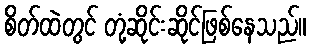
စိတ်ထဲတွင် တုံ့ဆိုင်းဆိုင်ဖြစ်နေသည်။